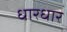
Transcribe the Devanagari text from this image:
धारधार